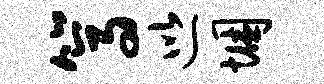
篙巡悃